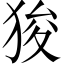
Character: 狻